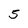
Character: 5